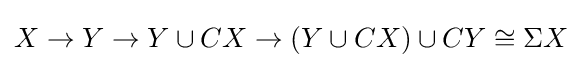
X\rightarrow Y\rightarrow Y\cup CX\rightarrow (Y\cup CX)\cup CY\cong \Sigma X